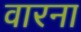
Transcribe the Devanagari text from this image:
वारना